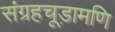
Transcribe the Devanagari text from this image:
संग्रहचूड़ामणि